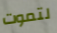
لتموت